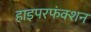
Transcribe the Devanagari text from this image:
हाइपरफंक्शन